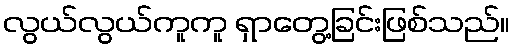
လွယ်လွယ်ကူကူ ရှာတွေ့ခြင်းဖြစ်သည်။